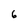
Character: 6